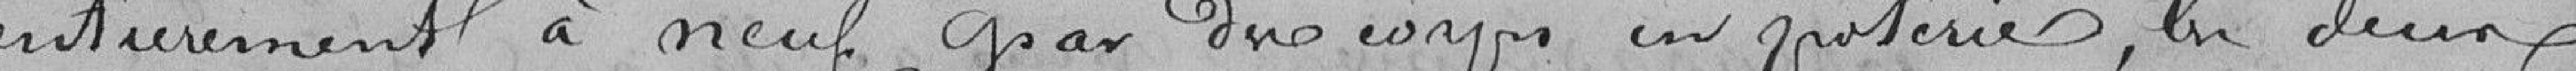
entièrement à neuf par des corps en porterie, les deux